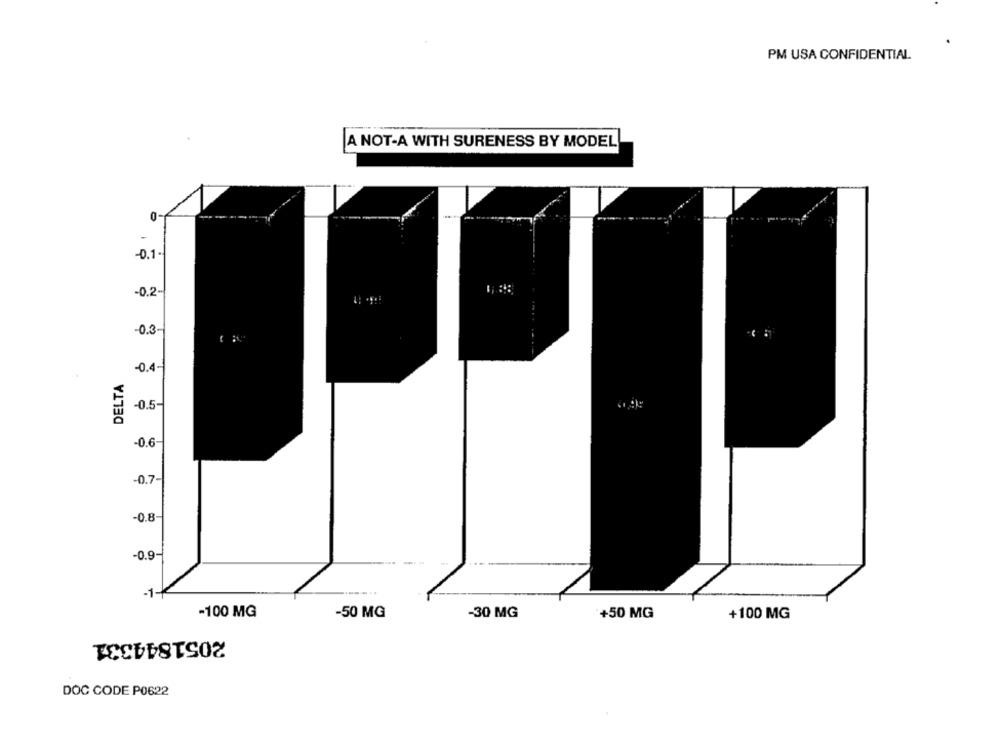
PM USA CONFIDENTIAL
A NOT-A WITH SURENESS BY MODEL
0-+
-
-0.1.
-0.2-
-0.3-
-0.4-
DELTA
-0.5-
-0.6-
-0.7-
-0.8
-0.9
-1-
-100 MG
-50 MG
-30 MG
+50 MG
+100 MG
2051844331
DOC CODE P0622